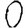
Digit: 0